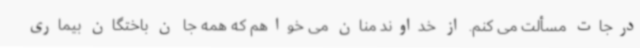
درجات مسألت می کنم. از خداوند منان می خواهم که همه جا ن باختگان بیماری